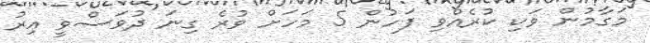
މަގާމުން ވަކި ކުރެއްވި ފަހުން 5 މަހަށް ވުރެ ގިނަ ދުވަސްވީ އިރު